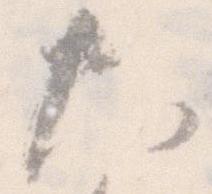
大